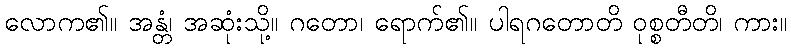
လောက၏။ အန္တံ၊ အဆုံးသို့။ ဂတော၊ ရောက်၏။ ပါရဂတောတိ ဝုစ္စတီတိ၊ ကား။